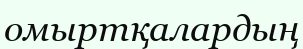
омыртқалардың